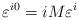
LaTeX: \begin{align*}\varepsilon^{ i0} = iM \varepsilon^{ i}\end{align*}